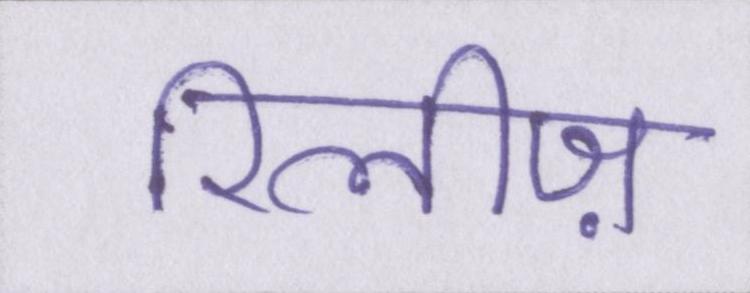
रिलीज़